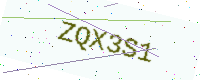
Text: ZQX3S1